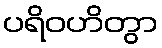
ပရိဝဟိတွာ